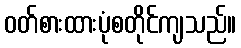
ဝတ်စားထားပုံစတိုင်ကျသည်။